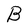
Character: B